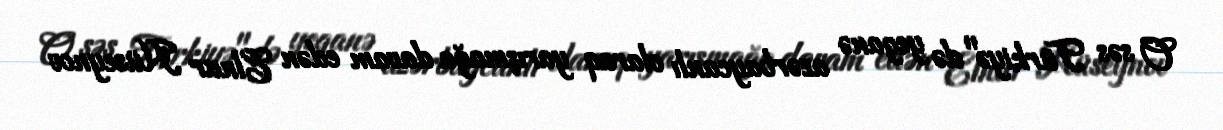
O səs Türkiyə"də yeganə azərbaycanlı olaraq yarışmağa davam edən Elnur Hüseynov